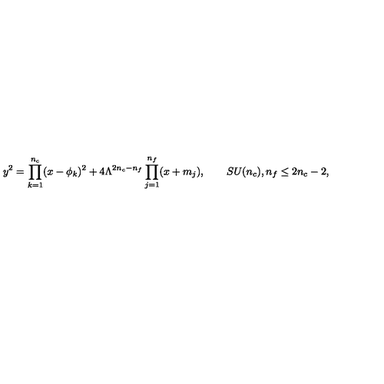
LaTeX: y ^ { 2 } = \prod _ { k = 1 } ^ { n _ { c } } ( x - \phi _ { k } ) ^ { 2 } + 4 \Lambda ^ { 2 n _ { c } - n _ { f } } \prod _ { j = 1 } ^ { n _ { f } } ( x + m _ { j } ) , \qquad S U ( n _ { c } ) , n _ { f } \le 2 n _ { c } - 2 ,